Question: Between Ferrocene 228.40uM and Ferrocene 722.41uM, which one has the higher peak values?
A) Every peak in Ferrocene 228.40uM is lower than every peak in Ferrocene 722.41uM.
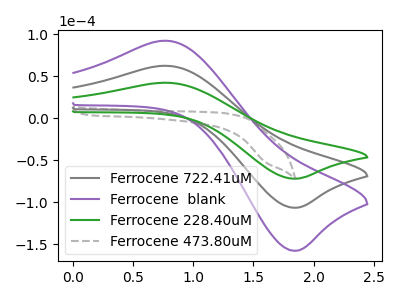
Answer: <think>The gray curve "Ferrocene 722.41uM" has an anodic peak at (0.75V, 62.25uA) and a cathodic peak at (1.80V, -106.70uA). The purple curve "Ferrocene  blank" has an anodic peak at (0.75V, 124.50uA) and a cathodic peak at (1.80V, -213.40uA). The green curve "Ferrocene 228.40uM" has an anodic peak at (0.75V, 42.05uA) and a cathodic peak at (1.80V, -72.10uA). The gray dashed curve "Ferrocene 473.80uM" has no peaks.</think>
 <answer>A) Every peak in "Ferrocene 228.40uM" is lower than every peak in "Ferrocene 722.41uM".</answer>
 <eval>A</eval>